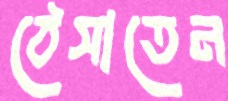
ঠেসাতেন